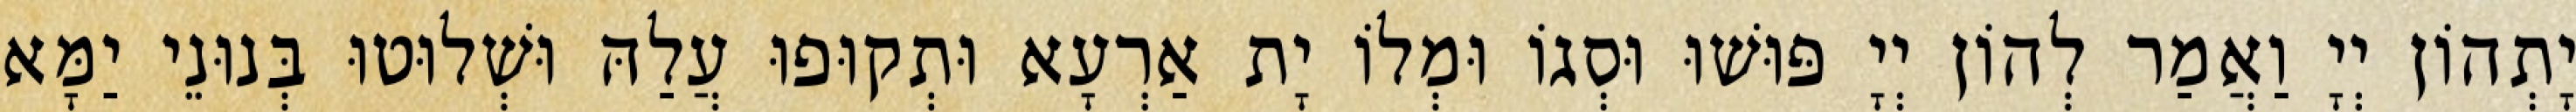
יָתְהוֹן יְיָ וַאֲמַר לְהוֹן יְיָ פּוּשׁוּ וּסְגוֹ וּמְלוֹ יָת אַרְעָא וּתְקוּפוּ עֲלַהּ וּשְׁלוּטוּ בְּנוּנֵי יַמָּא